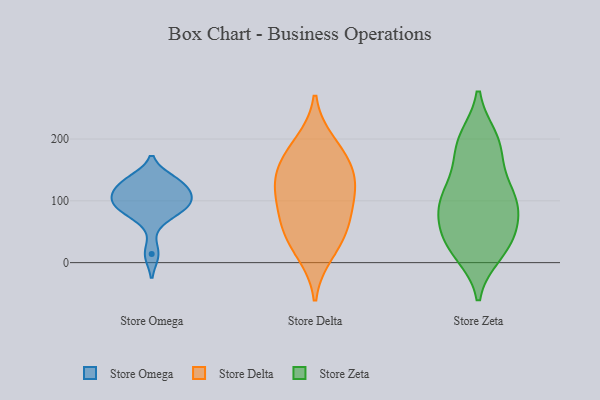
{"axis": {"x": "Production Output", "y": "Value"}, "legend": ["Store Delta", "Store Omega", "Store Zeta"], "data": [{"x": "", "y": 102, "type": "Store Omega"}, {"x": "", "y": 94, "type": "Store Omega"}, {"x": "", "y": 126, "type": "Store Omega"}, {"x": "", "y": 134, "type": "Store Omega"}, {"x": "", "y": 130, "type": "Store Omega"}, {"x": "", "y": 14, "type": "Store Omega"}, {"x": "", "y": 113, "type": "Store Omega"}, {"x": "", "y": 74, "type": "Store Omega"}, {"x": "", "y": 87, "type": "Store Omega"}, {"x": "", "y": 98, "type": "Store Omega"}, {"x": "", "y": 170, "type": "Store Delta"}, {"x": "", "y": 155, "type": "Store Delta"}, {"x": "", "y": 45, "type": "Store Delta"}, {"x": "", "y": 129, "type": "Store Delta"}, {"x": "", "y": 107, "type": "Store Delta"}, {"x": "", "y": 79, "type": "Store Delta"}, {"x": "", "y": 16, "type": "Store Delta"}, {"x": "", "y": 124, "type": "Store Delta"}, {"x": "", "y": 56, "type": "Store Delta"}, {"x": "", "y": 193, "type": "Store Delta"}, {"x": "", "y": 82, "type": "Store Zeta"}, {"x": "", "y": 127, "type": "Store Zeta"}, {"x": "", "y": 21, "type": "Store Zeta"}, {"x": "", "y": 103, "type": "Store Zeta"}, {"x": "", "y": 198, "type": "Store Zeta"}, {"x": "", "y": 45, "type": "Store Zeta"}, {"x": "", "y": 200, "type": "Store Zeta"}, {"x": "", "y": 71, "type": "Store Zeta"}, {"x": "", "y": 113, "type": "Store Zeta"}, {"x": "", "y": 39, "type": "Store Zeta"}, {"x": "", "y": 30, "type": "Store Zeta"}, {"x": "", "y": 100, "type": "Store Zeta"}, {"x": "", "y": 189, "type": "Store Zeta"}, {"x": "", "y": 94, "type": "Store Zeta"}, {"x": "", "y": 16, "type": "Store Zeta"}, {"x": "", "y": 171, "type": "Store Zeta"}]}